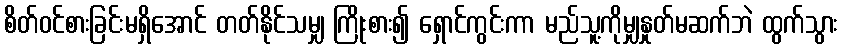
စိတ်ဝင်စားခြင်းမရှိအောင် တတ်နိုင်သမျှ ကြိုးစား၍ ရှောင်ကွင်းကာ မည်သူ့ကိုမျှနှုတ်မဆက်ဘဲ ထွက်သွား